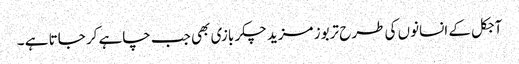
آجکل کے انسانوں کی طرح تربوز مزید چکر بازی بھی جب چاہے کر جاتا ہے ۔